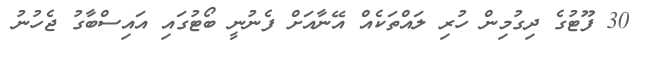
30 ފޫޓުގެ ދިގުމިން ހުރި ލައްތަކެއް އޭނާއަށް ފެނުނީ ބޯޓުގައި އައިސްބާގު ޖެހުނު